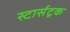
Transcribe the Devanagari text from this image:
स्टार्सट्रक